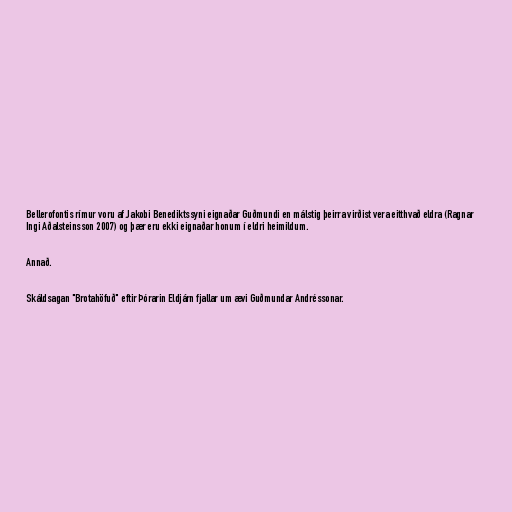
Bellerofontis rímur voru af Jakobi Benediktssyni eignaðar Guðmundi en málstig þeirra virðist vera eitthvað eldra (Ragnar
Ingi Aðalsteinsson 2007) og þær eru ekki eignaðar honum í eldri heimildum.

Annað.

Skáldsagan "Brotahöfuð" eftir Þórarin Eldjárn fjallar um ævi Guðmundar Andréssonar.